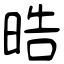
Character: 晧